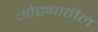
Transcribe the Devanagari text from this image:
ओढ्यातील